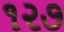
૧૨૭